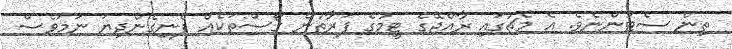
ތިން ސެޓުންނެވެ. އެ މެޗުގައި ރާއްޖޭގެ ޓީމުގެ ފަރާތުން ގޯސްތަކެއް ފެނިގެންދިޔަ ނަމަވެސް